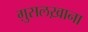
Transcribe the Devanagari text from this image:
ग़ुसलख़ाना